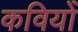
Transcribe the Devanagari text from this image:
कवियोँ